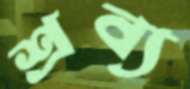
শ্রব্য